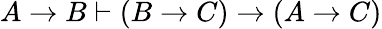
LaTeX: A\to B\vdash(B\to C)\to(A\to C)